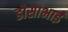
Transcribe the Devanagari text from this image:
डोसाभाई